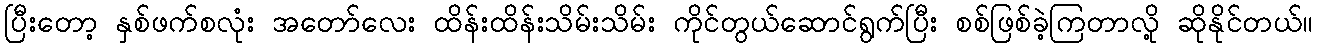
ပြီးတော့ နှစ်ဖက်စလုံး အတော်လေး ထိန်းထိန်းသိမ်းသိမ်း ကိုင်တွယ်ဆောင်ရွက်ပြီး စစ်ဖြစ်ခဲ့ကြတာလို့ ဆိုနိုင်တယ်။